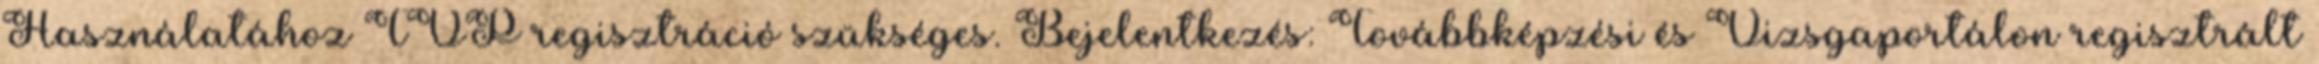
Használatához TVP regisztráció szükséges. Bejelentkezés: Továbbképzési és Vizsgaportálon regisztrált